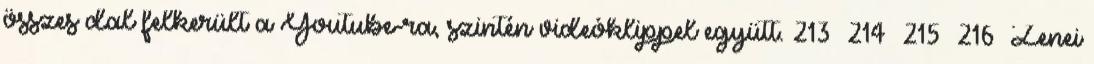
összes dal felkerült a Youtube-ra, szintén videóklippel együtt. 213 214 215 216 Zenei